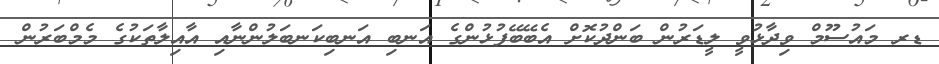
ޑރ މައުސޫމް ވިދާޅުވީ ލީޑަރުން ބަންދުކޮށް އެބޭބޭފުޅުންގެ އަނބި އަނބިކަނބަލުންނާއި އާއިލާތަކުގެ މެމްބަރުން